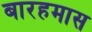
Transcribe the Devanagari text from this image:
बारहमास